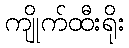
ကျိုက်ထီးရိုး